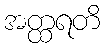
အတ္ထရတိ